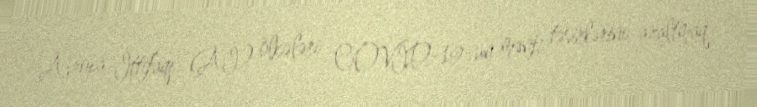
Avropa İttifaqı (Aİ) ölkələri COVİD-19-un mənfi təsirlərini azaltmaq